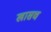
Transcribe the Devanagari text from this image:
खासच